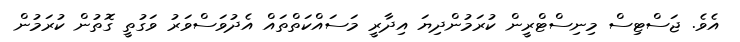
އެވެ. ޖަސްޓިސް މިނިސްޓްރީން ކުރަމުންދިޔަ އިދާރީ މަސައްކަތްތައް އެދުވަސްވަރު ވަގުތީ ގޮތުން ކުރަމުން